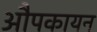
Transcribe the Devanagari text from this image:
औपकायन